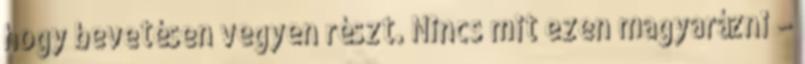
hogy bevetésen vegyen részt. Nincs mit ezen magyarázni –